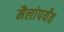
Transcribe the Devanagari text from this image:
मैलांपर्यंत